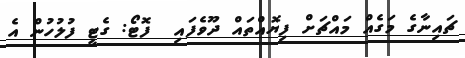
ޗައިނާގެ މަގެއް މައްޗަށް ފިޔޮއްތައް ދޫވެފައި  ފޮޓޯ: ގެޓީ ފުލުހުން އެ